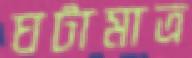
ঘটামাত্র